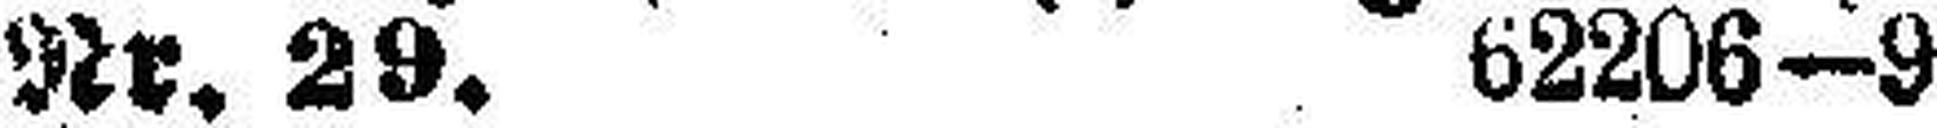
Nr. 29. 62206—9